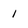
Character: 1